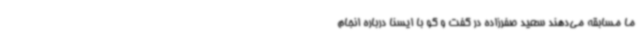
ما مسابقه می‌دهند سعید صفرزاده در گفت و گو با ایسنا درباره انجام